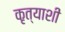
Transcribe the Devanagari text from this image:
कृत्याशी